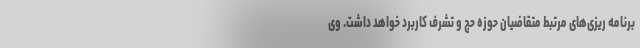
برنامه ریزی‌های مرتبط متقاضیان حوزه حج و تشرف کاربرد خواهد داشت. وی